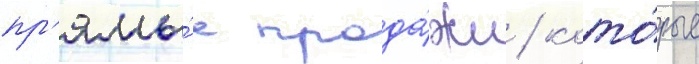
пр'ямы́е прода́жи / кото́рые